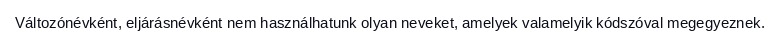
Változónévként, eljárásnévként nem használhatunk olyan neveket, amelyek valamelyik kódszóval megegyeznek.